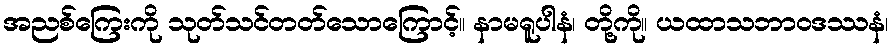
အညစ်ကြေးကို သုတ်သင်တတ်သောကြောင့်။ နာမရူပါနံ၊ တို့ကို။ ယထာသဘာဝဒဿနံ၊